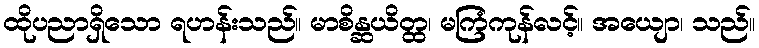
ထိုပညာရှိသော ရဟန်းသည်။ မာစိန္ဆယိတ္ထ၊ မကြံကုန်လင့်။ အယျော၊ သည်။